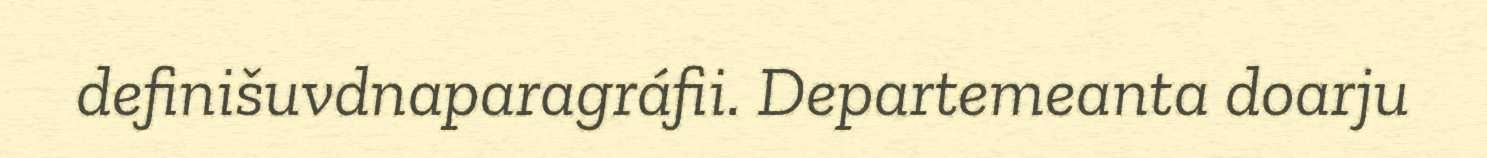
definišuvdnaparagráfii. Departemeanta doarju